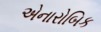
એનારોબિક